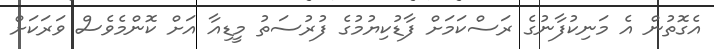
އެގޮތުން އެ މަނިކުފާނުގެ ރަސްކަމަށް ފާޑުކިޔުމުގެ ފުރުސަތު މީޑިއާ އަށް ކޮންމެވެސް ވަރަކަށް